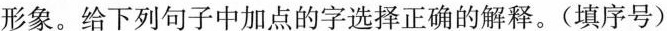
形象。给下列句子中加点的字选择正确的解释。(填序号)